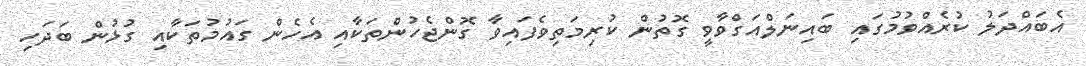
އެބައްދަލު ކުރެއްވުމުގައި ބައިނަލްއަގްވާވީ ގޮތުން ކުރިމަތިވެފައިވާ ގޮންޖެހުންތަކާއި އެހެން ގައުމުތަކާއި ގުޅުން ބަދަހި